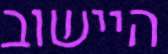
היישוב